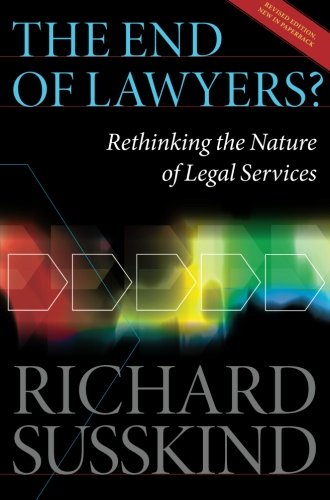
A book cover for The End of Lawyers?: Rethinking the nature of legal services; Richard Susskind OBE; Law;